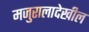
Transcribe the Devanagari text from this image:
मजुरालादेखील